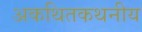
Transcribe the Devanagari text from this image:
अकथितकथनीय